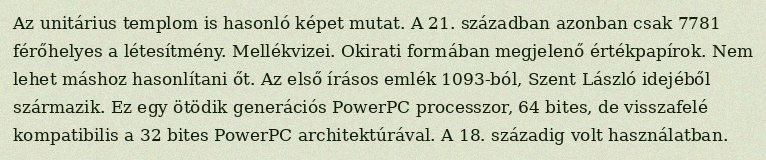
Az unitárius templom is hasonló képet mutat. A 21. században azonban csak 7781 férőhelyes a létesítmény. Mellékvizei. Okirati formában megjelenő értékpapírok. Nem lehet máshoz hasonlítani őt. Az első írásos emlék 1093-ból, Szent László idejéből származik. Ez egy ötödik generációs PowerPC processzor, 64 bites, de visszafelé kompatibilis a 32 bites PowerPC architektúrával. A 18. századig volt használatban.